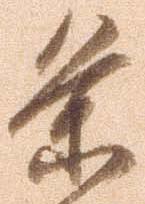
条